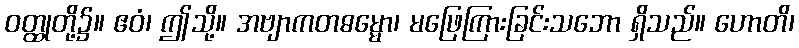
ဝတ္ထုတို့၌။ ဧဝံ၊ ဤသို့။ အဗျာကတဓမ္မော၊ မဖြေကြားခြင်းသဘော ရှိသည်။ ဟောတိ၊